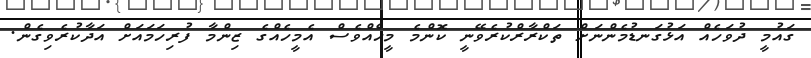
ގައުމީ ދުވަހެއް އަޅުގަނޑުމެންނަށް ތަކްރާރްކުރެވޭނީ ކޮންމެ މީހެއްވެސް އެމީހެއްގެ ޒިންމާ ފުރިހަމައަށް އަދާކުރެވިގެން.